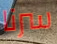
سرنا